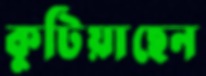
কুটিয়াছেন